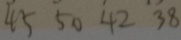
4 5 5 0 4 2 3 8